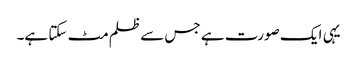
یہی ایک صورت ہے جس سے ظلم مٹ سکتا ہے۔